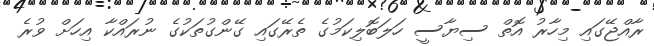
ރާއްޖޭގައި މިހާރު އޮތް ސިޔާސީ ހަލަބޮލިކަމުގެ ތެރޭގައި ގޭންގުތަކުގެ ނުރައްކާ އިހަށް ވުރެ